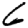
Digit: 6